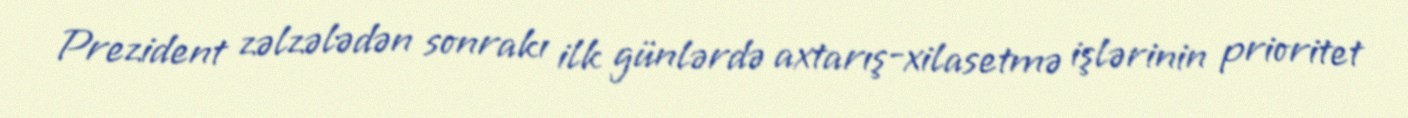
Prezident zəlzələdən sonrakı ilk günlərdə axtarış-xilasetmə işlərinin prioritet